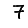
Digit: 7